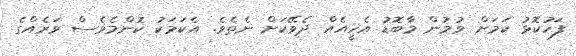
ފަހުކޮޅު ކަމަށް ވުމުން މާބޮޑު އެހީއެއް ދެވޭކަށް ނެތެވެ. އެކަމަކު ކޮންމެވެސް ވަރެއްގެ